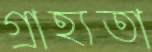
গ্রাহ্যতা